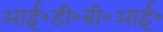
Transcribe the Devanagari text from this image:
आई॰डी॰बी॰आई॰